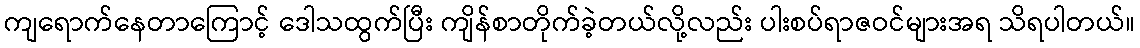
ကျရောက်နေတာကြောင့် ဒေါသထွက်ပြီး ကျိန်စာတိုက်ခဲ့တယ်လို့လည်း ပါးစပ်ရာဇဝင်များအရ သိရပါတယ်။